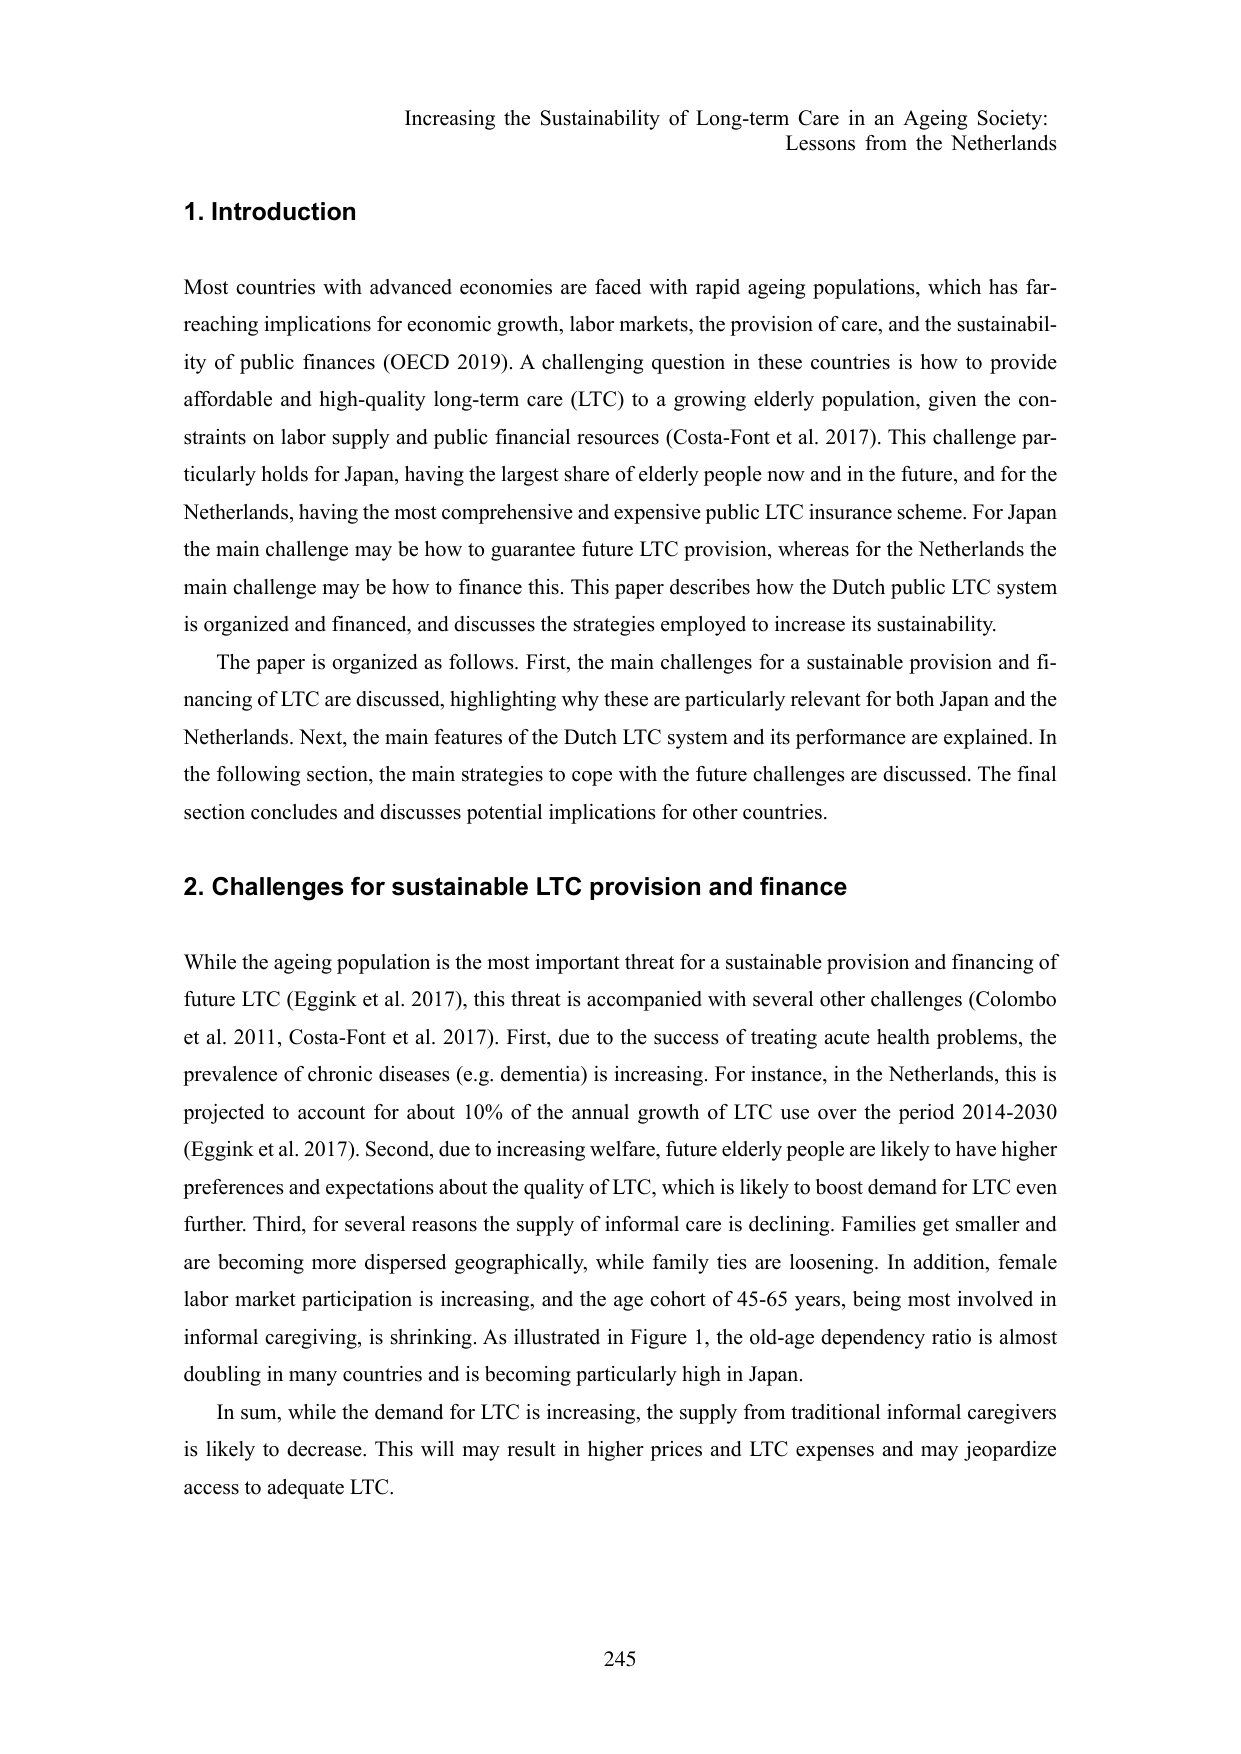
Increasing the Sustainability of Long-term Care in an Ageing Society:
Lessons from the Netherlands

1. Introduction

Most countries with advanced economies are faced with rapid ageing populations, which has far-reaching implications for economic growth, labor markets, the provision of care, and the sustainability of public finances (OECD 2019). A challenging question in these countries is how to provide affordable and high-quality long-term care (LTC) to a growing elderly population, given the constraints on labor supply and public financial resources (Costa-Font et al. 2017). This challenge particularly holds for Japan, having the largest share of elderly people now and in the future, and for the Netherlands, having the most comprehensive and expensive public LTC insurance scheme. For Japan the main challenge may be how to guarantee future LTC provision, whereas for the Netherlands the main challenge may be how to finance this. This paper describes how the Dutch public LTC system is organized and financed, and discusses the strategies employed to increase its sustainability.

The paper is organized as follows. First, the main challenges for a sustainable provision and financing of LTC are discussed, highlighting why these are particularly relevant for both Japan and the Netherlands. Next, the main features of the Dutch LTC system and its performance are explained. In the following section, the main strategies to cope with the future challenges are discussed. The final section concludes and discusses potential implications for other countries.

2. Challenges for sustainable LTC provision and finance

While the ageing population is the most important threat for a sustainable provision and financing of future LTC (Eggink et al. 2017), this threat is accompanied with several other challenges (Colombo et al. 2011, Costa-Font et al. 2017). First, due to the success of treating acute health problems, the prevalence of chronic diseases (e.g. dementia) is increasing. For instance, in the Netherlands, this is projected to account for about 10% of the annual growth of LTC use over the period 2014-2030 (Eggink et al. 2017). Second, due to increasing welfare, future elderly people are likely to have higher preferences and expectations about the quality of LTC, which is likely to boost demand for LTC even further. Third, for several reasons the supply of informal care is declining. Families get smaller and are becoming more dispersed geographically, while family ties are loosening. In addition, female labor market participation is increasing, and the age cohort of 45-65 years, being most involved in informal caregiving, is shrinking. As illustrated in Figure 1, the old-age dependency ratio is almost doubling in many countries and is becoming particularly high in Japan.

In sum, while the demand for LTC is increasing, the supply from traditional informal caregivers is likely to decrease. This will may result in higher prices and LTC expenses and may jeopardize access to adequate LTC.

245